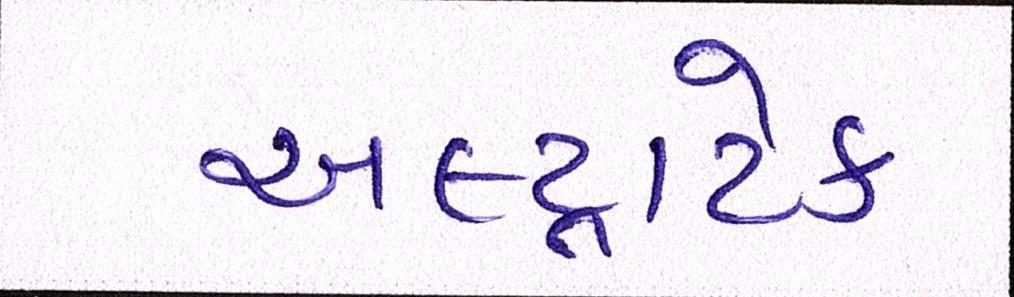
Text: અલ્ટ્રાટેક